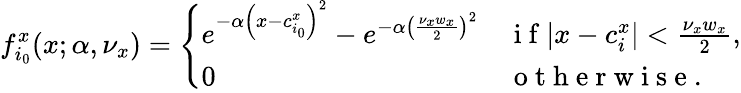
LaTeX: f_{i_{0}}^{x}(x;\alpha,\nu_{x})=\left\{ \begin{array}{ll}{e^{-\alpha\left(x-c_{i_{0}}^{x}\right)^{2}}-e^{-\alpha\left(\frac{\nu_{x}w_{x}}{2}\right)^{2}}}&{\mathrm{~i~f~}\lvert x-c_{i}^{x}\rvert<\frac{\nu_{x}w_{x}}{2},}\\ {0}&{\mathrm{~o~t~h~e~r~w~i~s~e~.~}}\end{array}\right.